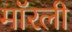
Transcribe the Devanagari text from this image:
मॉरली